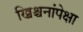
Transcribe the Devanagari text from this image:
ख्रिश्चनांपेक्षा